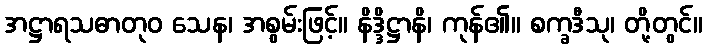
အဋ္ဌာရသဓာတုဝ သေန၊ အစွမ်းဖြင့်။ နိဒ္ဒိဋ္ဌာနိ၊ ကုန်၏။ စက္ခဒီသု၊ တို့တွင်။